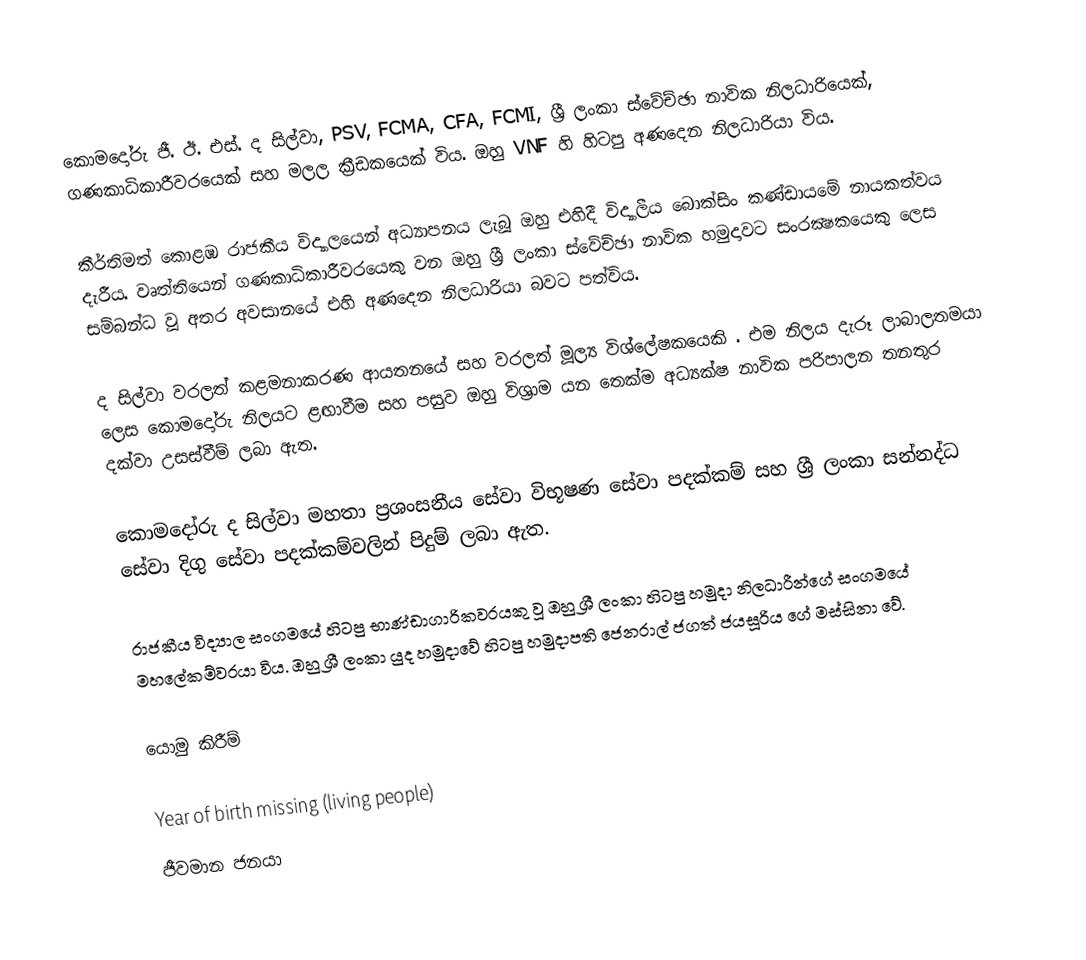
කොමදෝරු ජී. ඊ. එස්. ද සිල්වා, PSV, FCMA, CFA, FCMI, ශ්‍රී ලංකා ස්වේච්ඡා නාවික නිලධාරියෙක්, ගණකාධිකාරීවරයෙක් සහ මලල ක්‍රීඩකයෙක් විය. ඔහු VNF හි හිටපු අණදෙන නිලධාරියා විය.

කීර්තිමත් කොළඹ රාජකීය විද්‍යාලයෙන් අධ්‍යාපනය ලැබූ ඔහු එහිදී විද්‍යාලීය බොක්සිං කණ්ඩායමේ නායකත්වය දැරීය. වෘත්තියෙන් ගණකාධිකාරීවරයෙකු වන ඔහු ශ්‍රී ලංකා ස්වේච්ඡා නාවික හමුදාවට සංරක්‍ෂකයෙකු ලෙස සම්බන්ධ වූ අතර අවසානයේ එහි අණදෙන නිලධාරියා බවට පත්විය.

ද සිල්වා වරලත් කළමනාකරණ ආයතනයේ සහ වරලත් මූල්‍ය විශ්ලේෂකයෙකි . එම නිලය දැරූ ලාබාලතමයා ලෙස කොමදෝරු නිලයට ළඟාවීම සහ පසුව ඔහු විශ්‍රාම යන තෙක්ම අධ්‍යක්ෂ නාවික පරිපාලන තනතුර දක්වා උසස්වීම් ලබා ඇත.

කොමදෝරු ද සිල්වා මහතා ප්‍රශංසනීය සේවා විභූෂණ සේවා පදක්කම් සහ ශ්‍රී ලංකා සන්නද්ධ සේවා දිගු සේවා පදක්කම්වලින් පිදුම් ලබා ඇත.

රාජකීය විද්‍යාල සංගමයේ හිටපු භාණ්ඩාගාරිකවරයකු වූ ඔහු ශ්‍රී ලංකා හිටපු හමුදා නිලධාරීන්ගේ සංගමයේ මහලේකම්වරයා විය.  ඔහු ශ්‍රී ලංකා යුද හමුදාවේ හිටපු හමුදාපති ජෙනරාල් ජගත් ජයසූරිය ගේ මස්සිනා වේ.

යොමු කිරීම්

Year of birth missing (living people)
ජීවමාන ජනයා